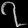
Digit: ၇